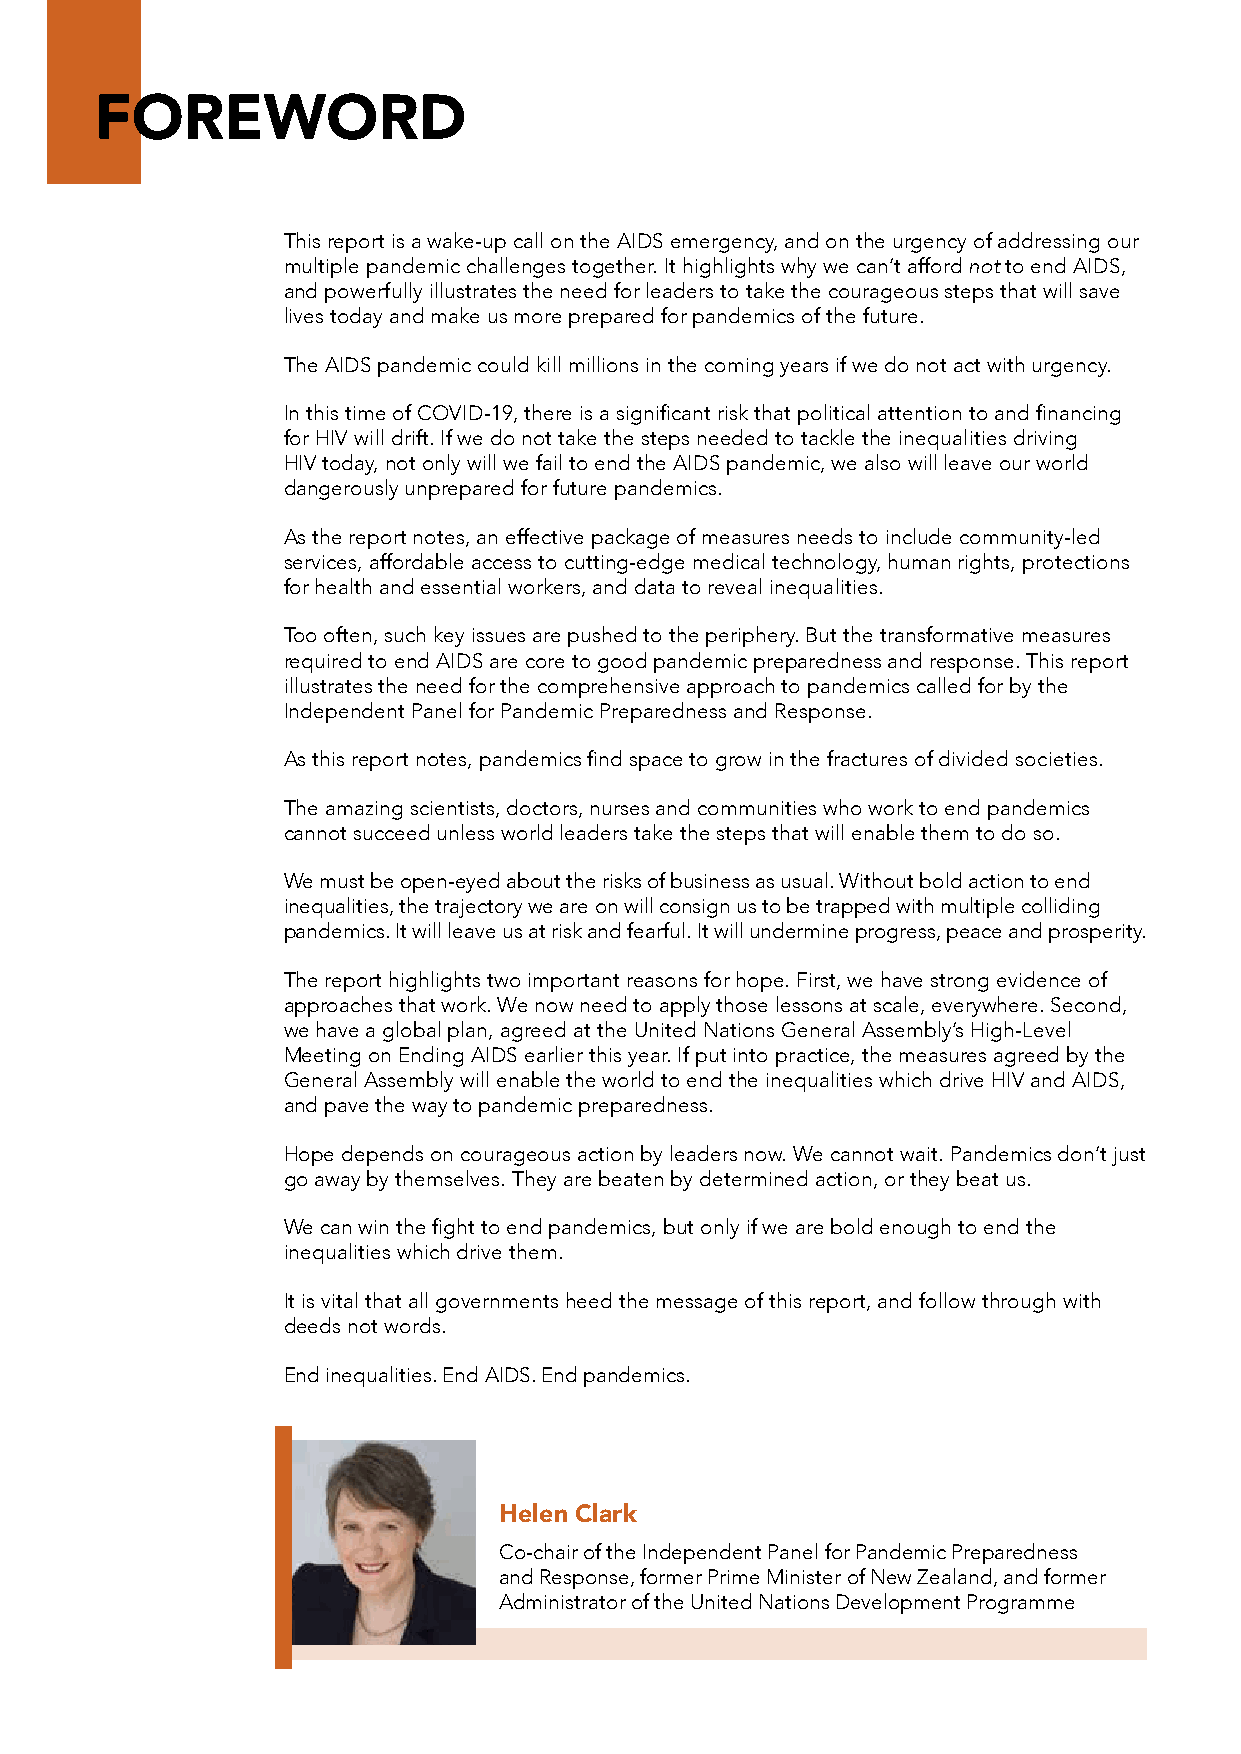
FOREWORD
 This report is a wake-up call on the AIDS emergency, and on the urgency of addressing our
 multiple pandemic challenges together. It highlights why we can’t afford not to end AIDS,
 and powerfully illustrates the need for leaders to take the courageous steps that will save
 lives today and make us more prepared for pandemics of the future.
 The AIDS pandemic could kill millions in the coming years if we do not act with urgency.
 In this time of COVID-19, there is a significant risk that political attention to and financing
 for HIV will drift. If we do not take the steps needed to tackle the inequalities driving
 HIV today, not only will we fail to end the AIDS pandemic, we also will leave our world
 dangerously unprepared for future pandemics.
 As the report notes, an effective package of measures needs to include community-led
 services, affordable access to cutting-edge medical technology, human rights, protections
 for health and essential workers, and data to reveal inequalities.
 Too often, such key issues are pushed to the periphery. But the transformative measures
 required to end AIDS are core to good pandemic preparedness and response. This report
 illustrates the need for the comprehensive approach to pandemics called for by the
 Independent Panel for Pandemic Preparedness and Response.
 As this report notes, pandemics find space to grow in the fractures of divided societies.
 The amazing scientists, doctors, nurses and communities who work to end pandemics
 cannot succeed unless world leaders take the steps that will enable them to do so.
 We must be open-eyed about the risks of business as usual. Without bold action to end
 inequalities, the trajectory we are on will consign us to be trapped with multiple colliding
 pandemics. It will leave us at risk and fearful. It will undermine progress, peace and prosperity.
 The report highlights two important reasons for hope. First, we have strong evidence of
 approaches that work. We now need to apply those lessons at scale, everywhere. Second,
 we have a global plan, agreed at the United Nations General Assembly’s High-Level
 Meeting on Ending AIDS earlier this year. If put into practice, the measures agreed by the
 General Assembly will enable the world to end the inequalities which drive HIV and AIDS,
 and pave the way to pandemic preparedness.
 Hope depends on courageous action by leaders now. We cannot wait. Pandemics don’t just
 go away by themselves. They are beaten by determined action, or they beat us.
 We can win the fight to end pandemics, but only if we are bold enough to end the
 inequalities which drive them.
 It is vital that all governments heed the message of this report, and follow through with
 deeds not words.
 End inequalities. End AIDS. End pandemics.
 Helen Clark
 Co-chair of the Independent Panel for Pandemic Preparedness
 and Response, former Prime Minister of New Zealand, and former
 Administrator of the United Nations Development Programme